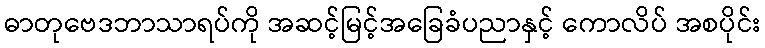
ဓာတုဗေဒဘာသာရပ်ကို အဆင့်မြင့်အခြေခံပညာနှင့် ကောလိပ် အစပိုင်း